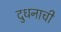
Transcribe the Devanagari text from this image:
दुधनाची